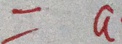
= a